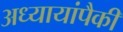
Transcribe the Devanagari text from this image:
अध्यायांपैकी